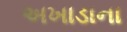
અખાડાના